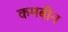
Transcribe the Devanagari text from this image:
कमबीन